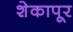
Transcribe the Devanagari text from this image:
शेकापूर